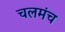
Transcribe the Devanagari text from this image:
चलमंच